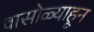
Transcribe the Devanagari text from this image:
वासोळ्याहून